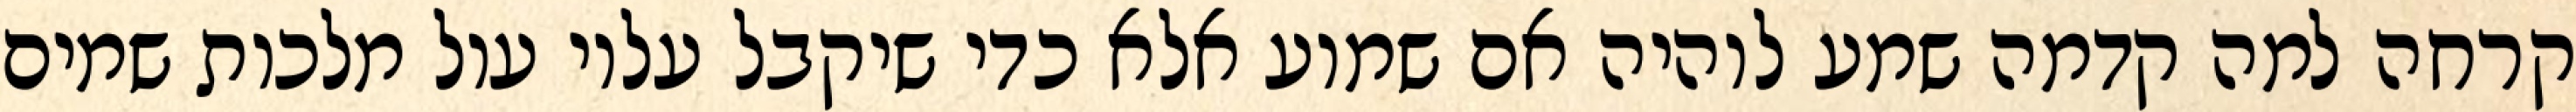
קרחה למה קדמה שמע לוהיה אם שמוע אלא כדי שיקבל עליו עול מלכות שמים